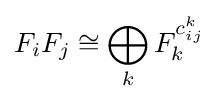
F_{i}F_{j}\cong \bigoplus _{k}F_{k}^{c_{ij}^{k}}